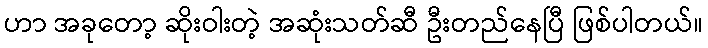
ဟာ အခုတော့ ဆိုးဝါးတဲ့ အဆုံးသတ်ဆီ ဦးတည်နေပြီ ဖြစ်ပါတယ်။